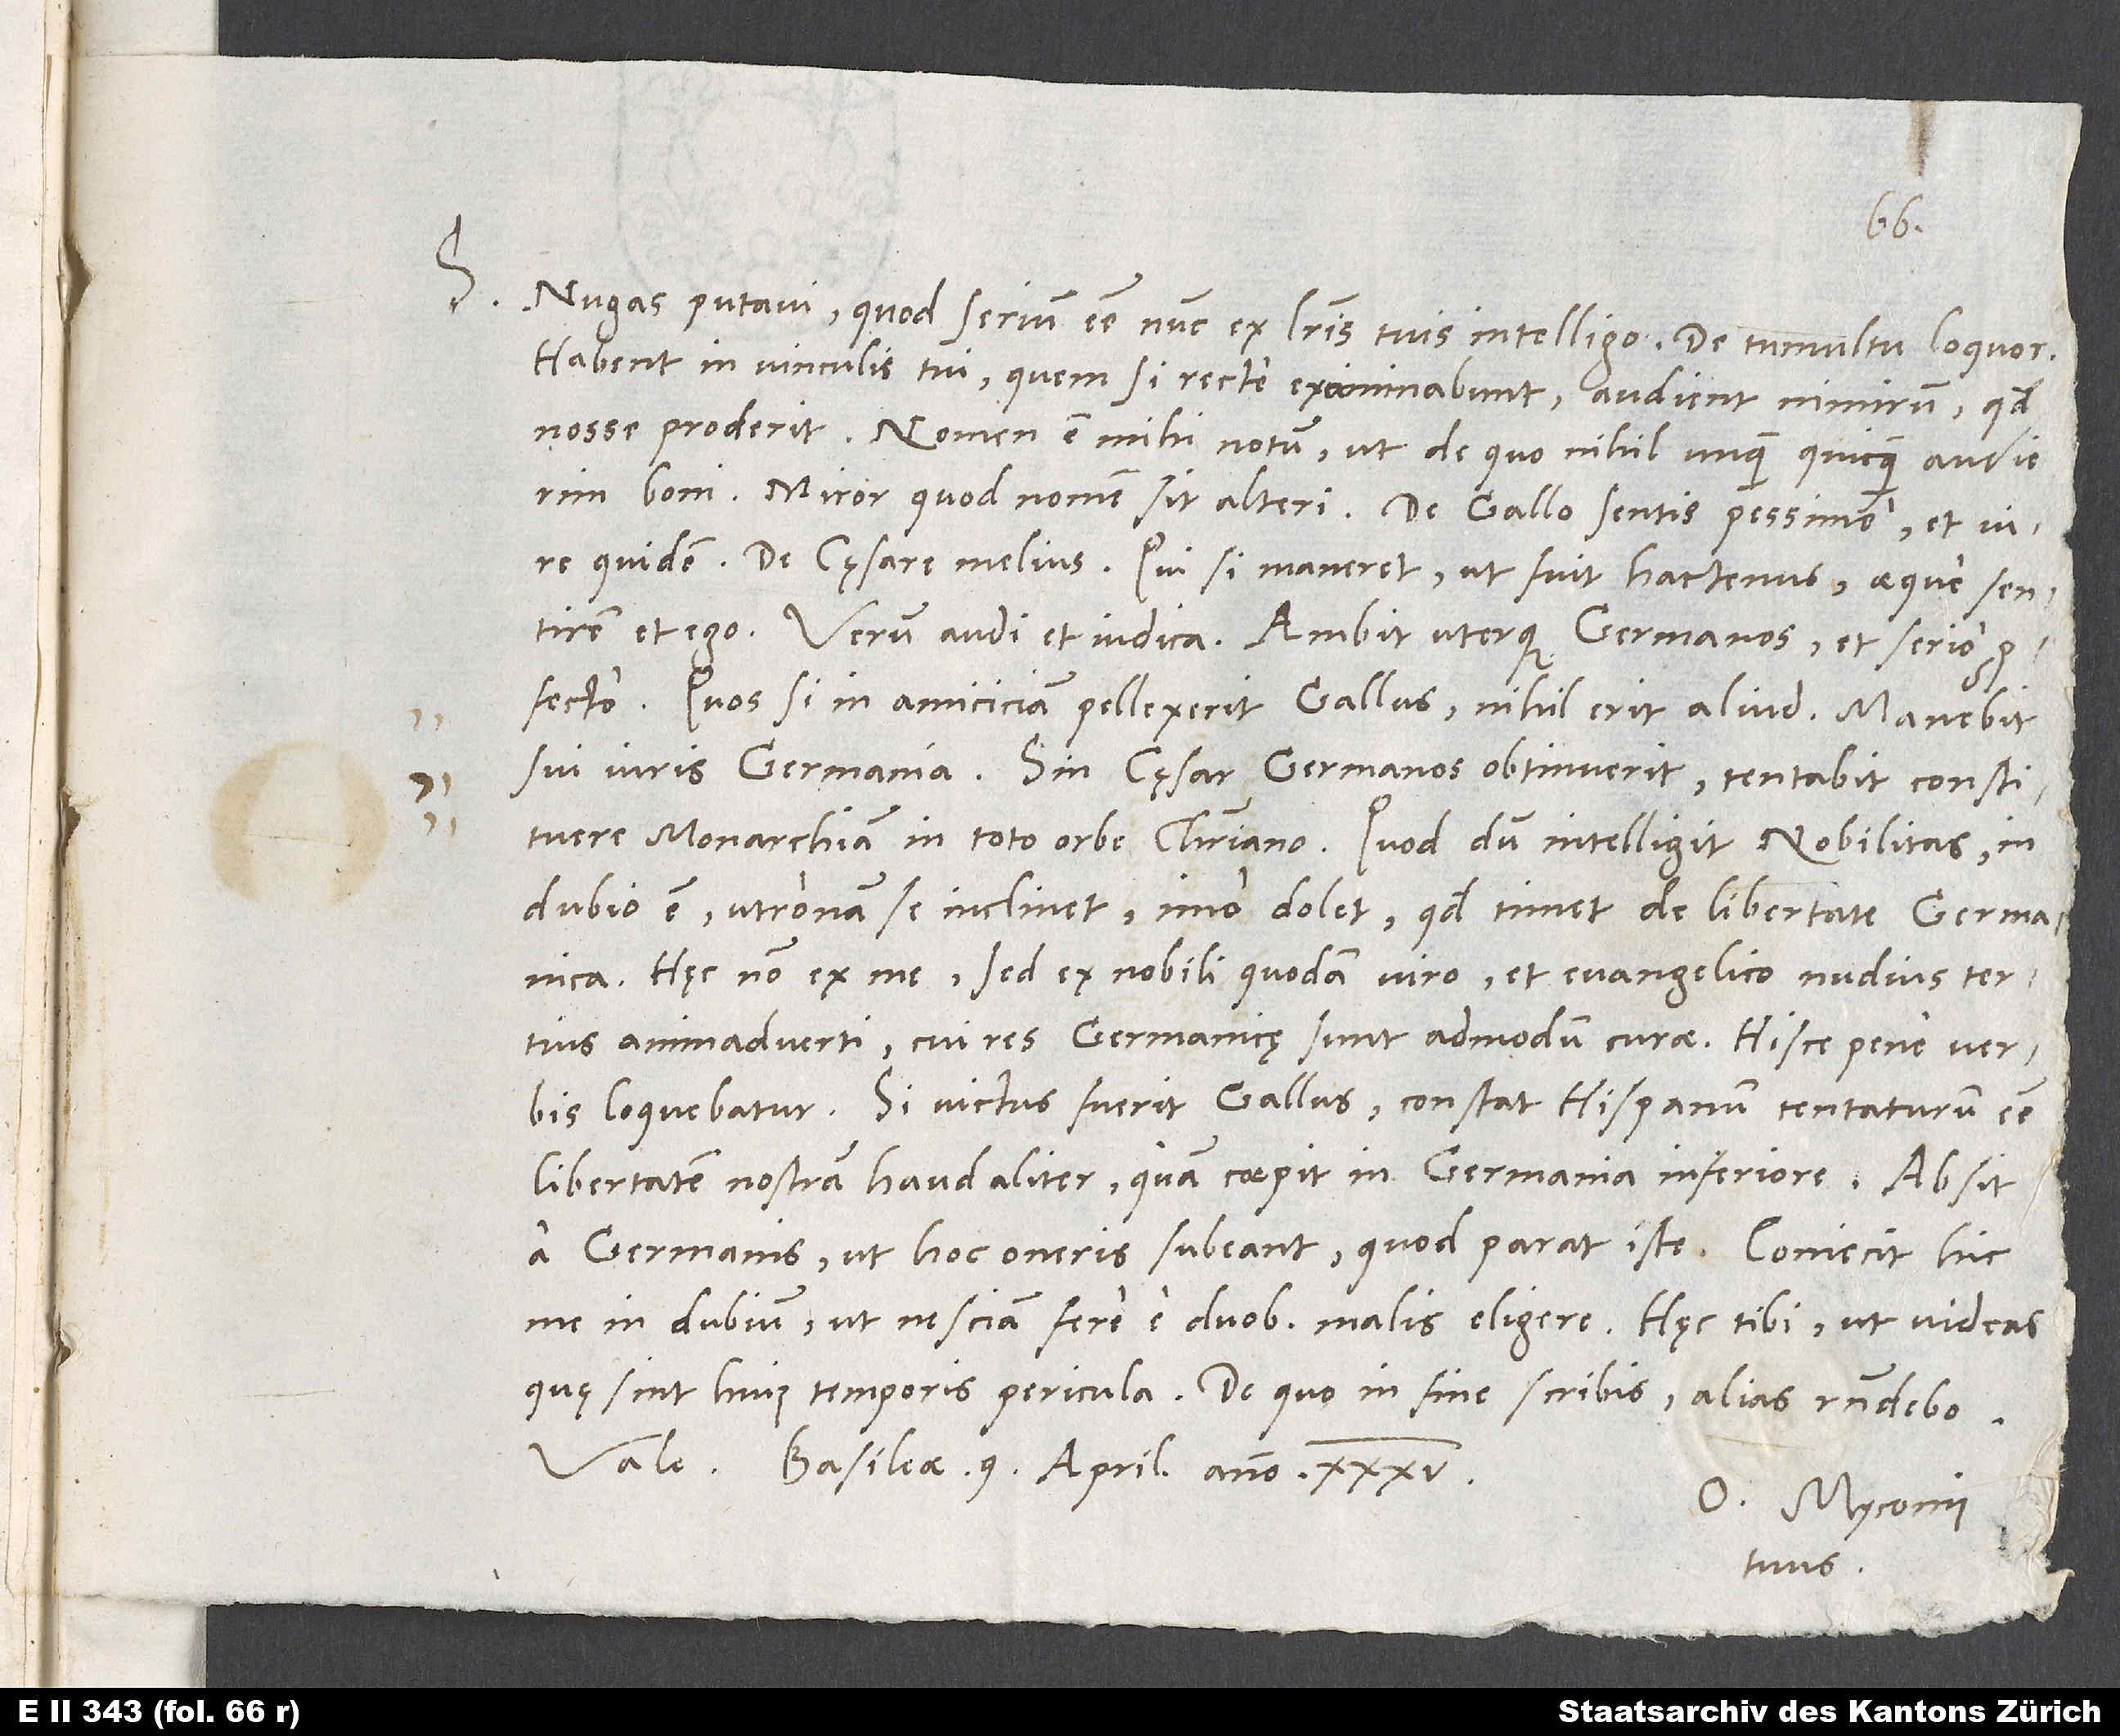
S. Nugas putavi, quod serium esse nunc ex literis tuis intelligo - de tumultu loquor.
Habent in vinculis tui, quem si recte examinabunt, audient nimirum, quod
nosse proderit. Nomen est mihi notum, ut de quo nihil unquam quicquam audierim
quidem, de caesare melius, qui si maneret, ut fuit hactenus, aeque sentirem
et ego. Verum audi et iudica: Ambit uterqueGermanos et serio
profecto. Quos si in amiciciam pellexerit Gallus, nihil erit aliud, manebit
sui iuris Germania. Sin caesar Germanos obtinuerit, tentabit constituere
monarchiam in toto orbe christiano. Quod dum intelligit nobilitas, in
dubio est, utro nam se inclinet, imo dolet, quod timet de libertate germanica.
Haec non ex me, sed ex nobili quodam viro et evangelico nudius tertius
animadverti, cui res germanicę sunt admodum curae. Hisce pene verbis
loquebatur: "Si victus fuerit Gallus, constat Hispanum tentaturum esse
libertatem nostram haud aliter, quam coepit in Germania Inferiore. Absit
a Germanis, ut hoc oneris subeant, quod parat iste." Coniecit hic
me in dubium, ut nesciam fere e duobus malis eligere. Haec tibi, ut videas,
Basileae, 9. aprilis anno 35.
O. Myconius
tuus.